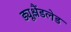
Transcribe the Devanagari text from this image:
ड्यूश्लैंडलेड